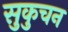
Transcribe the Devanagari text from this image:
सुकुचन